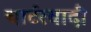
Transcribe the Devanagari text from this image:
चार्टरवादी